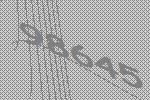
98645